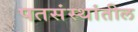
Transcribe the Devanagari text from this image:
पतसंस्थांतील